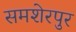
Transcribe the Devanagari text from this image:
समशेरपुर